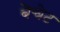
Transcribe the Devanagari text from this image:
बेचेट